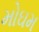
મોઘમ